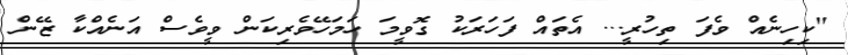
''ކިހިނެއް ވެފަ ތިހުރީ... އެތައް ފަހަރަކު ގޮވީމަ ހަމަހޭވެރިކަން ވީވެސް އަނެއްކާ ޒޭން